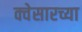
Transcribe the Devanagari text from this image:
क्वेसारच्या